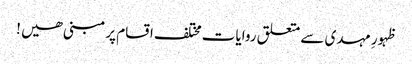
ظہورِ مہدی سے متعلق روایات مختلف اقسام پر مبنی ھیں !